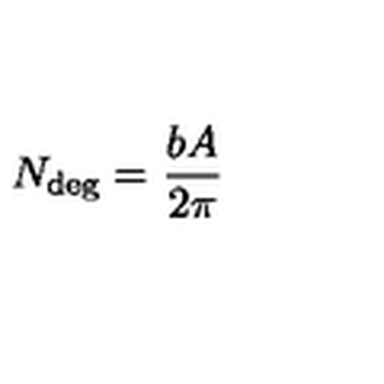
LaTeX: N _ { \mathrm { d e g } } = { \frac { b A } { 2 \pi } }